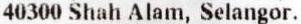
40300 SHAH ALAM, SELANGOR.